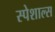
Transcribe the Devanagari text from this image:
स्पेशाल्स